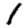
Digit: 1